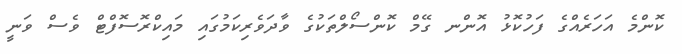
ކޮންމެ އަހަރެއްގެ ފަހުކޮޅު އޮންނ ގޭމް ކޮންސޯލްތަކުގެ ވާދަވެރިކަމުގައި މައިކްރޮސޮފްޓް ވެސް ވަނީ